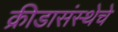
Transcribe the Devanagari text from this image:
क्रीडासंस्थेचे